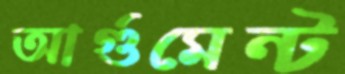
আর্গুমেন্ট